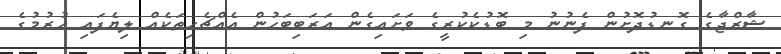
ޝާރްޖާގެ ގޮނޑުދޮށުން ފެނުނު މި ބޮޑުކެކުރީގެ ވަށައިގެން އަރަބިބަހުން އެއްޗެހިތަކެއް ލިޔެފައި ހުރުމުގެ